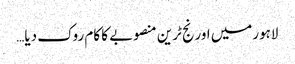
لاہورمیں اورنج ٹرین منصوبے کا کام روک دیا…